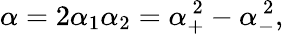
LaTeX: \alpha=2\alpha_{1}\alpha_{2}=\alpha_{+}^{~2}-\alpha_{-}^{~2},